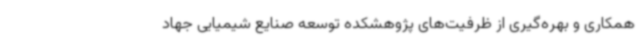
همکاری و بهره‌گیری از ظرفیت‌های پژوهشکده توسعه صنایع شیمیایی جهاد